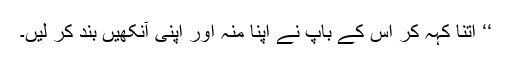
‘‘ اتنا کہہ کر اس کے باپ نے اپنا منہ اور اپنی آنکھیں بند کر لیں۔